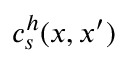
c _ { s } ^ { h } ( x , x ^ { \prime } )